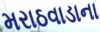
મરાઠવાડાના